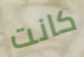
كانت